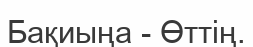
Бақиыңа - Өттің.